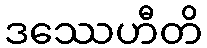
ဒဿေဟီတိ